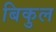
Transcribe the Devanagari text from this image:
बिकुल